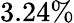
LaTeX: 3.24\%